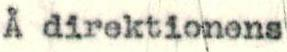
Å direktionens